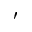
^ \prime